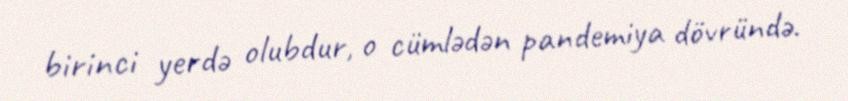
birinci yerdə olubdur, o cümlədən pandemiya dövründə.